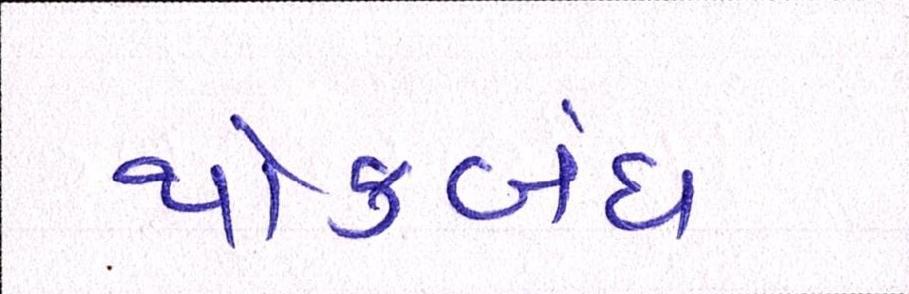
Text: થોકબંધ